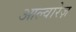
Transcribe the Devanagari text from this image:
आल्वारेज़